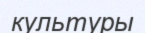
культуры